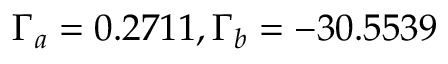
\Gamma _ { a } = 0 . 2 7 1 1 , \Gamma _ { b } = - 3 0 . 5 5 3 9